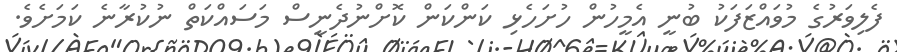
ފެލިވަރުގެ މުވައްޒަފަކު ބުނީ އެމީހުން ހުށަހެޅި ކަންކަން ކޮށްނުދެނީސް މަސައްކަތް ނުކުރާނެ ކަމަށެވެ.